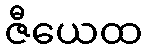
ဇီယေထ